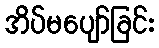
အိပ်မပျော်ခြင်း